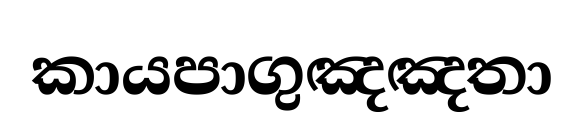
කායපාගුඤඤතා